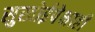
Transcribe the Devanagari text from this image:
सुखोईपेक्षाही